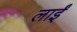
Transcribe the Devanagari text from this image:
लाईं